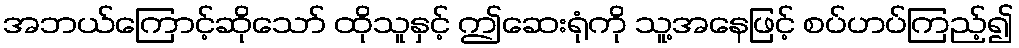
အဘယ်ကြောင့်ဆိုသော် ထိုသူနှင့် ဤဆေးရုံကို သူ့အနေဖြင့် စပ်ဟပ်ကြည့်၍